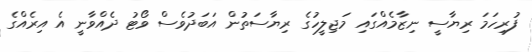
ފުރިހަމަ ރިޔާސީ ނިޒާމެއްގައި މަޖިލީހުގެ ރިޔާސަތުން އަބަދުވެސް ވޯޓު ދެއްވާނީ އެ އިރެއްގެ